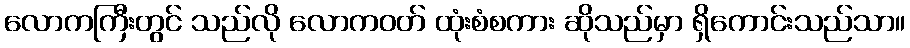
လောကကြီးတွင် သည်လို လောကဝတ် ထုံးစံစကား ဆိုသည်မှာ ရှိကောင်းသည်သာ။